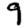
Digit: 9